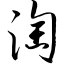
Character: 淘